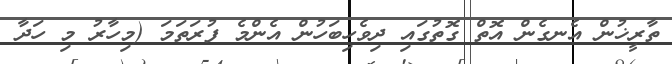
ތާރީޚުން އެނގެން އޮތް ގޮތުގައި ދިވެހިބަހުން އެންމެ ފުރަތަމަ (މިހާރު މި ހަދާ